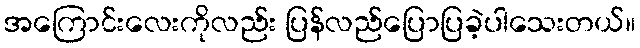
အကြောင်းလေးကိုလည်း ပြန်လည်ပြောပြခဲ့ပါသေးတယ်။